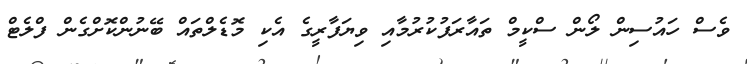
ވެސް ހައުސިން ލޯން ސްކީމް ތައާރަފުކުރުމާއި ވިޔަފާރީގެ އެކި މޮޑެލްތައް ބޭނުންކޮށްގެން ފްލެޓް